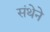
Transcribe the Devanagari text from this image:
संथेने